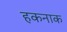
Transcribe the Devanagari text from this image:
हकनाक